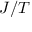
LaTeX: { \mathbf { } } J / T